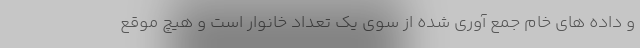
و داده های خام جمع آوری شده از سوی یک تعداد خانوار است و هیچ موقع